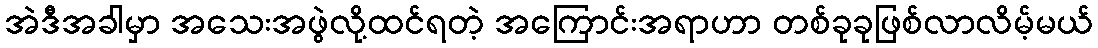
အဲဒီအခါမှာ အသေးအဖွဲလို့ထင်ရတဲ့ အကြောင်းအရာဟာ တစ်ခုခုဖြစ်လာလိမ့်မယ်